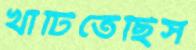
খাটিতেছিস